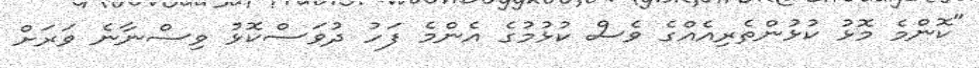
"ކޮންމެ މޮޅު ކުޅުންތެރިއެއްގެ ވެސް ކުޅުމުގެ އެންމެ ފަހު ދުވަސްކޮޅު ވިސްނާނެ ވަރަށް